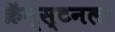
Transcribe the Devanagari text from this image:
क्रॅन्स्टनला